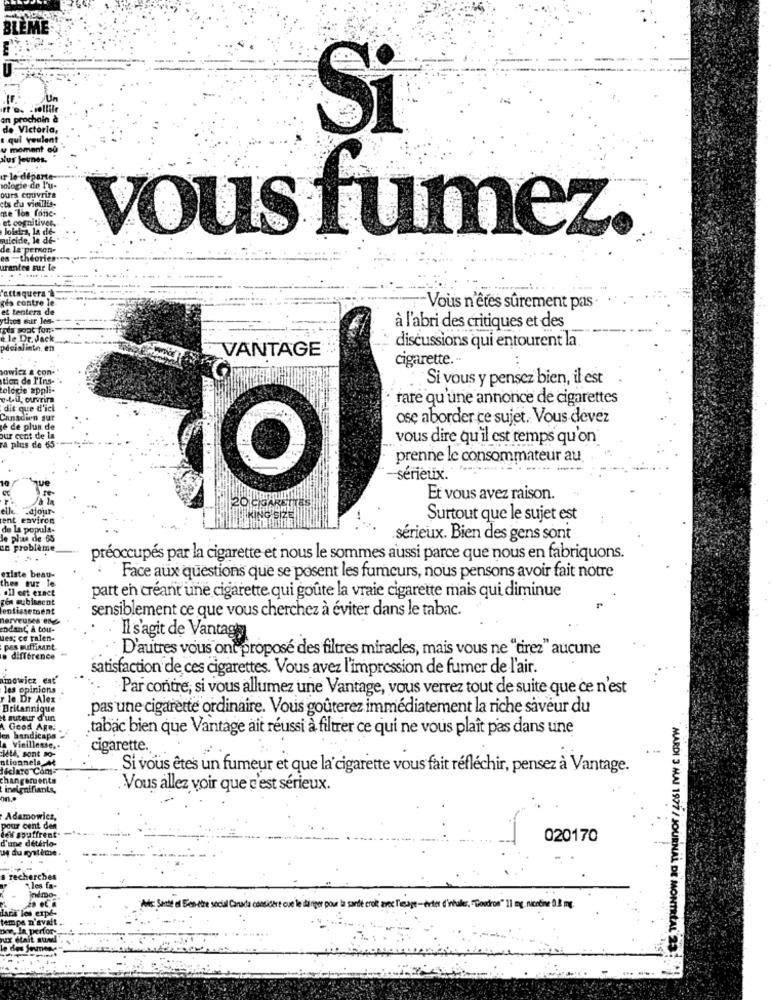
BLEME
an prochain
de Victoria,
Si
qui veule
u moment où
Nus jeunes
Iologie de l'u-
ours couvrira
cts du vieillis-
Tos fonc-
et cognitiver.
loisirs, la de-
suicide, le de-
vous fumez.
de la pernon-
ta -theories
urantes sur le
"attaquera &
rés contre le
et tentera de
Vous n'êtes sûrement pas
ythes sur les-
à l'abri des critiques et des
le Dr. Jack
discussions qui entourent la.
pécialiste, en
VANTAGE
cigarette.“
sowicz & con-
tion de l'Ins-
Si vous y pensez bien, il est
tologie appli-
e-til, ouvrira
rare qu'une annonce de cigarettes
dit que d'ici
Canadien sur
ose aborder ce sujet. Vous devez
è de plus de
our cont de la
vous dire qu'il est temps qu'on
a plus de 65
prenne le consommateur au
sérieux.
Et vous avez raison.
-ajour
20 ca
ent envirce
Surtout que le sujet est
de la popula-
le plan de 65
sérieux. Bien des gens sont
un problème
préoccupés par la cigarette et nous le sommes aussi parce que nous en fabriquons.
existe beau-
thee Bur le
Face aux questions que se posent les fumeurs, nous pensons avoir fait notre
.Il est exact
gen subissent
part en créant une cigarette qui goûte la vraie cigarette mais qui diminue
lentissement
sensiblement ce que vous cherchez à éviter dans le tabac.
endant & tou-
ues; ce ralen-
Il s'agit de Vantagby
pas suffisant
D'autres vous ont propose des filtres miracles, mais vous ne "tirez" aucune
difference
satisfaction de ces cigarettes. Vous avez l'impression de fumer de l'air.
mowicz eat
les opinions
Par contre, si vous allumez une Vantage, vous verrez tout de suite que ce n'est
r le Dr Alex
Britannique
pas une cigarette ordinaire. Vous goûterez immédiatement la riche saveur du
t auteur d'un
A Good Age!
tabac bien que Vantage ait réussi à filtrer ce qui ne vous plaît pas dans une
en handicaps
a Vieillesse ,.
cigarette.
it, sont Jo-
ntionnels At
déclare Com
Si vous êtes un fumeur et que la cigarette vous fait réfléchir, pensez à Vantage.
changements
insignifiants,
Vous allez voir que c'est sérieux.
nn ..
Adamowicz,
pour cent den
les souffrent.
d'une détério-
020170
uy du système.
cherches
"les fa-
indmo-
es erpes
Senté el Bien-être social Canada considère cue le dinger pour la santé croit avec T'esage -erter ('inbaler, "Goudron" 11 mg. nicotine 0] mg.
n'avait
& perfor-
MARDI 3 MAI 1977 / JOURNAL DE MONTREAL 29